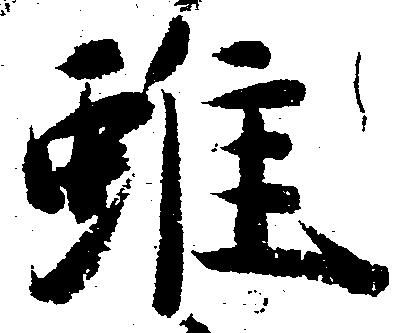
雖